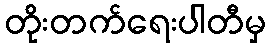
တိုးတက်ရေးပါတီမှ